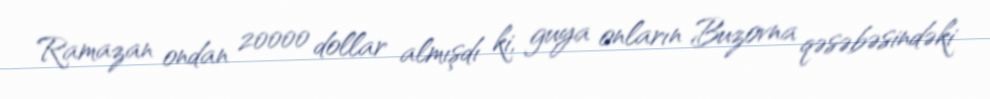
Ramazan ondan 20000 dollar almışdı ki, guya onların Buzovna qəsəbəsindəki